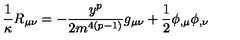
\frac { 1 } { \kappa } R _ { \mu \nu } = - \frac { y ^ { p } } { 2 m ^ { 4 ( p - 1 ) } } g _ { \mu \nu } + \frac { 1 } { 2 } \phi _ { , \mu } \phi _ { , \nu }